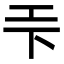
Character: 𭘃